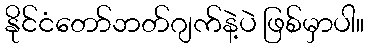
နိုင်ငံတော်ဘတ်ဂျက်နဲ့ပဲ ဖြစ်မှာပါ။